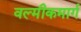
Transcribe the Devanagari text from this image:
वल्मीकमार्ग